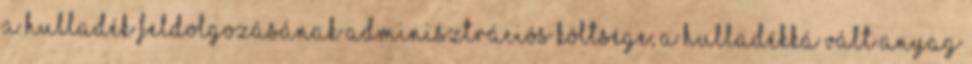
a hulladék feldolgozásának adminisztrációs költsége; a hulladékká vált anyag